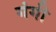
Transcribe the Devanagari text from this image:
गंगी